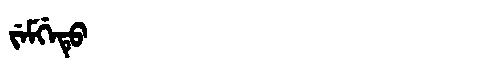
Manchu: ᠵᡝᠮᡤᡝᡨᡠ
Romanization: JEMGETU